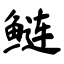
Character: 鲢